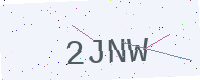
Text: 2JNW